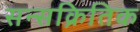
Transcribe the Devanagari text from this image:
सन्सक्रितिक